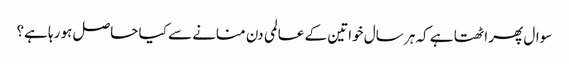
سوال پھر اٹھتا ہے کہ ہر سال خواتین کے عالمی دن منانے سے کیا حاصل ہو رہا ہے؟